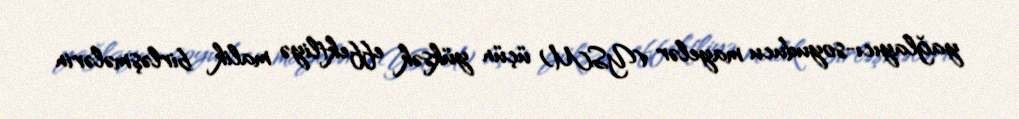
yağlayıcı-soyuducu mayelər (YSM) üçün yüksək effektliyə malik birləşmələrin